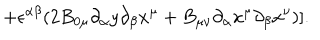
\hspace { 2 0 m m } + \epsilon ^ { \alpha \beta } ( 2 B _ { 0 \mu } { \partial _ { \alpha } } { y } { \partial _ { \beta } } { x ^ { \mu } } + B _ { \mu \nu } { \partial _ { \alpha } } { x ^ { \mu } } { \partial _ { \beta } } { x ^ { \nu } } ) ] .